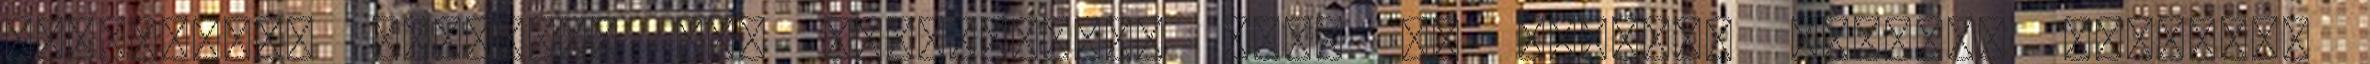
miafeneaz? eszegeti egy szörnyeteg, akit le kellene gyapni. Merthogy